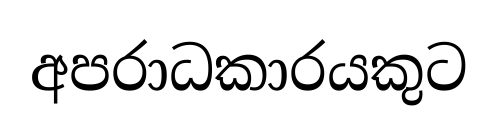
අපරාධකාරයකුට